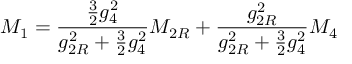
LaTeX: M _ { 1 } = { \frac { { \frac { 3 } { 2 } } g _ { 4 } ^ { 2 } } { g _ { 2 R } ^ { 2 } + { \frac { 3 } { 2 } } g _ { 4 } ^ { 2 } } } M _ { 2 R } + { \frac { g _ { 2 R } ^ { 2 } } { g _ { 2 R } ^ { 2 } + { \frac { 3 } { 2 } } g _ { 4 } ^ { 2 } } } M _ { 4 }